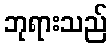
ဘုရားသည်